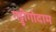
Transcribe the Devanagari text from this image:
गड्डीगोदाम